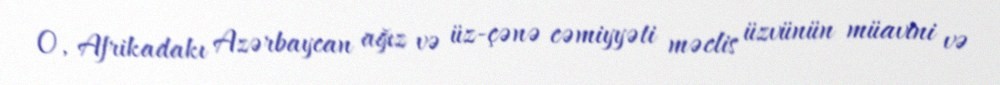
O, Afrikadakı Azərbaycan ağız və üz-çənə cəmiyyəti məclis üzvünün müavini və